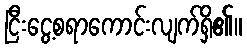
ငြီးငွေ့စရာကောင်းလျက်ရှိ၏။